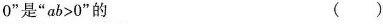
0 ”$$是$$”a b > 0”$$的 ( )